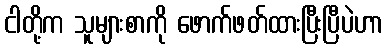
ငါတို့က သူများစာကို ဖောက်ဖတ်ထားပြီးပြီပဲဟာ